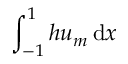
\int _ { - 1 } ^ { 1 } h u _ { m } \, \mathrm { d } x